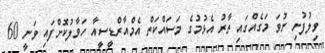
ވިލުފުށި ނުވަ މަގެއްގައި ތާރު އެޅުމުގެ މަސައްކަތް އެމްއާރްޑީސީއާ ހަވާލުކޮށްފައި ވަނީ 60